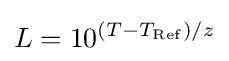
L=10^{(T-T_{\mathrm {Ref} })/z}